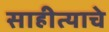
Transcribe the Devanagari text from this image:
साहीत्याचे